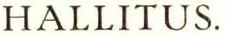
HALLITUS.